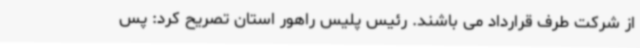
از شرکت طرف قرارداد می باشند. رئیس پلیس راهور استان تصریح کرد: پس